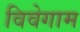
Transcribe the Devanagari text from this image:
विवेगाम